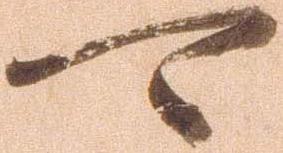
可